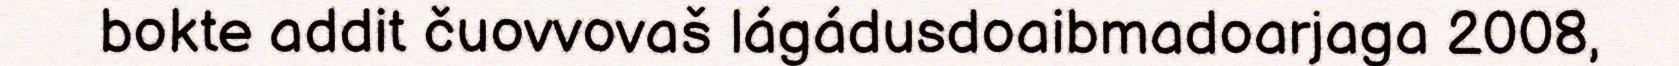
bokte addit čuovvovaš lágádusdoaibmadoarjaga 2008,